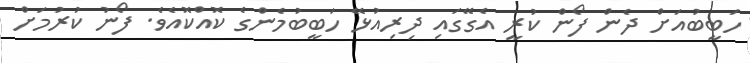
ހަބީބުއަށް ދެން ފޯން ކުރީ އެގޭގައި ދިރިއުޅޭ ހަބީބުމެންގެ ކޮއްކޮއެވެ. ފޯނު ކުރުމަށް